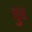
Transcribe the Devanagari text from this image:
वुव